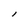
Character: l